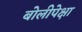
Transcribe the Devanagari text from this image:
बोलीपेक्षा